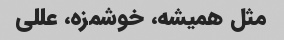
مثل همیشه، خوشمزه، عللی